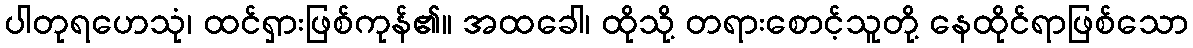
ပါတုရဟေသုံ၊ ထင်ရှားဖြစ်ကုန်၏။ အထခေါ၊ ထိုသို့ တရားစောင့်သူတို့ နေထိုင်ရာဖြစ်သော